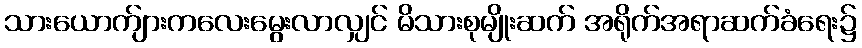
သားယောက်ျားကလေးမွေးလာလျှင် မိသားစုမျိုးဆက် အရိုက်အရာဆက်ခံရေး၌